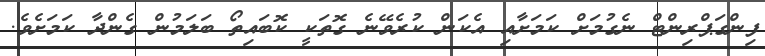
ފިންގަޕްރިންޓް ނެގުމަށް ކަމަށާއި އެކަން ކުރެވޭނެ ގޮތަކީ ކޮބައިތޯ ބަލަމުން ގެންދާ ކަމަށެވެ.